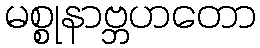
မစ္စုနာဗ္ဘဟတော